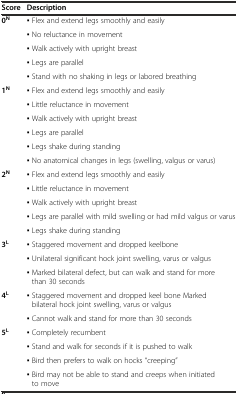
| Score | Description |
 | --- | --- |
 | <ROWSPAN=5> 0N | ▪ Flex and extend legs smoothly and easily |
 | ▪ No reluctance in movement |
 | ▪ Walk actively with upright breast |
 | ▪ Legs are parallel |
 | ▪ Stand with no shaking in legs or labored breathing |
 | <ROWSPAN=6> 1N | ▪ Flex and extend legs smoothly and easily |
 | ▪ Little reluctance in movement |
 | ▪ Walk actively with upright breast |
 | ▪ Legs are parallel |
 | ▪ Legs shake during standing |
 | ▪ No anatomical changes in legs (swelling, valgus or varus) |
 | <ROWSPAN=5> 2N | ▪ Flex and extend legs smoothly and easily |
 | ▪ Little reluctance in movement |
 | ▪ Walk actively with upright breast |
 | ▪ Legs are parallel with mild swelling or had mild valgus or varus |
 | ▪ Legs shake during standing |
 | <ROWSPAN=3> 3L | ▪ Staggered movement and dropped keelbone |
 | ▪ Unilateral significant hock joint swelling, varus or valgus |
 | ▪ Marked bilateral defect, but can walk and stand for more than 30 seconds |
 | <ROWSPAN=2> 4L | ▪ Staggered movement and dropped keel bone Marked bilateral hock joint swelling, varus or valgus |
 | ▪ Cannot walk and stand for more than 30 seconds |
 | <ROWSPAN=4> 5L | ▪ Completely recumbent |
 | ▪ Stand and walk for seconds if it is pushed to walk |
 | ▪ Bird then prefers to walk on hocks “creeping” |
 | ▪ Bird may not be able to stand and creeps when initiated to move |